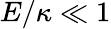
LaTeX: E/\kappa\ll 1